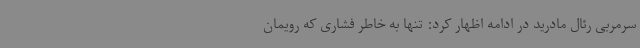
سرمربی رئال مادرید در ادامه اظهار کرد: تنها به خاطر فشاری که رویمان